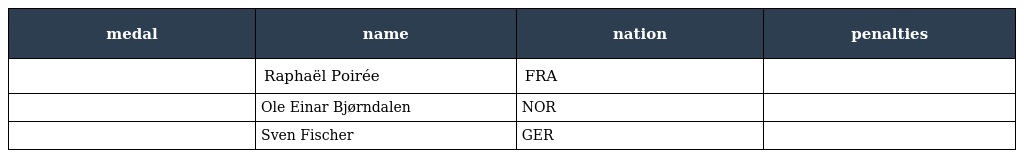
| medal | name | nation | penalties |
 | --- | --- | --- | --- |
 |  | Raphaël Poirée | FRA |  |
 |  | Ole Einar Bjørndalen | NOR |  |
 |  | Sven Fischer | GER |  |